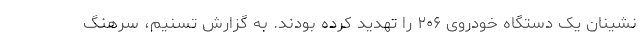
نشینان یک دستگاه خودروی ۲۰۶ را تهدید کرده بودند. به گزارش تسنیم، سرهنگ